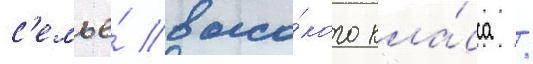
с'емье́ высо́кого кла́сса /